Vabadussoja_Ajaloo_Komitee, lk 43
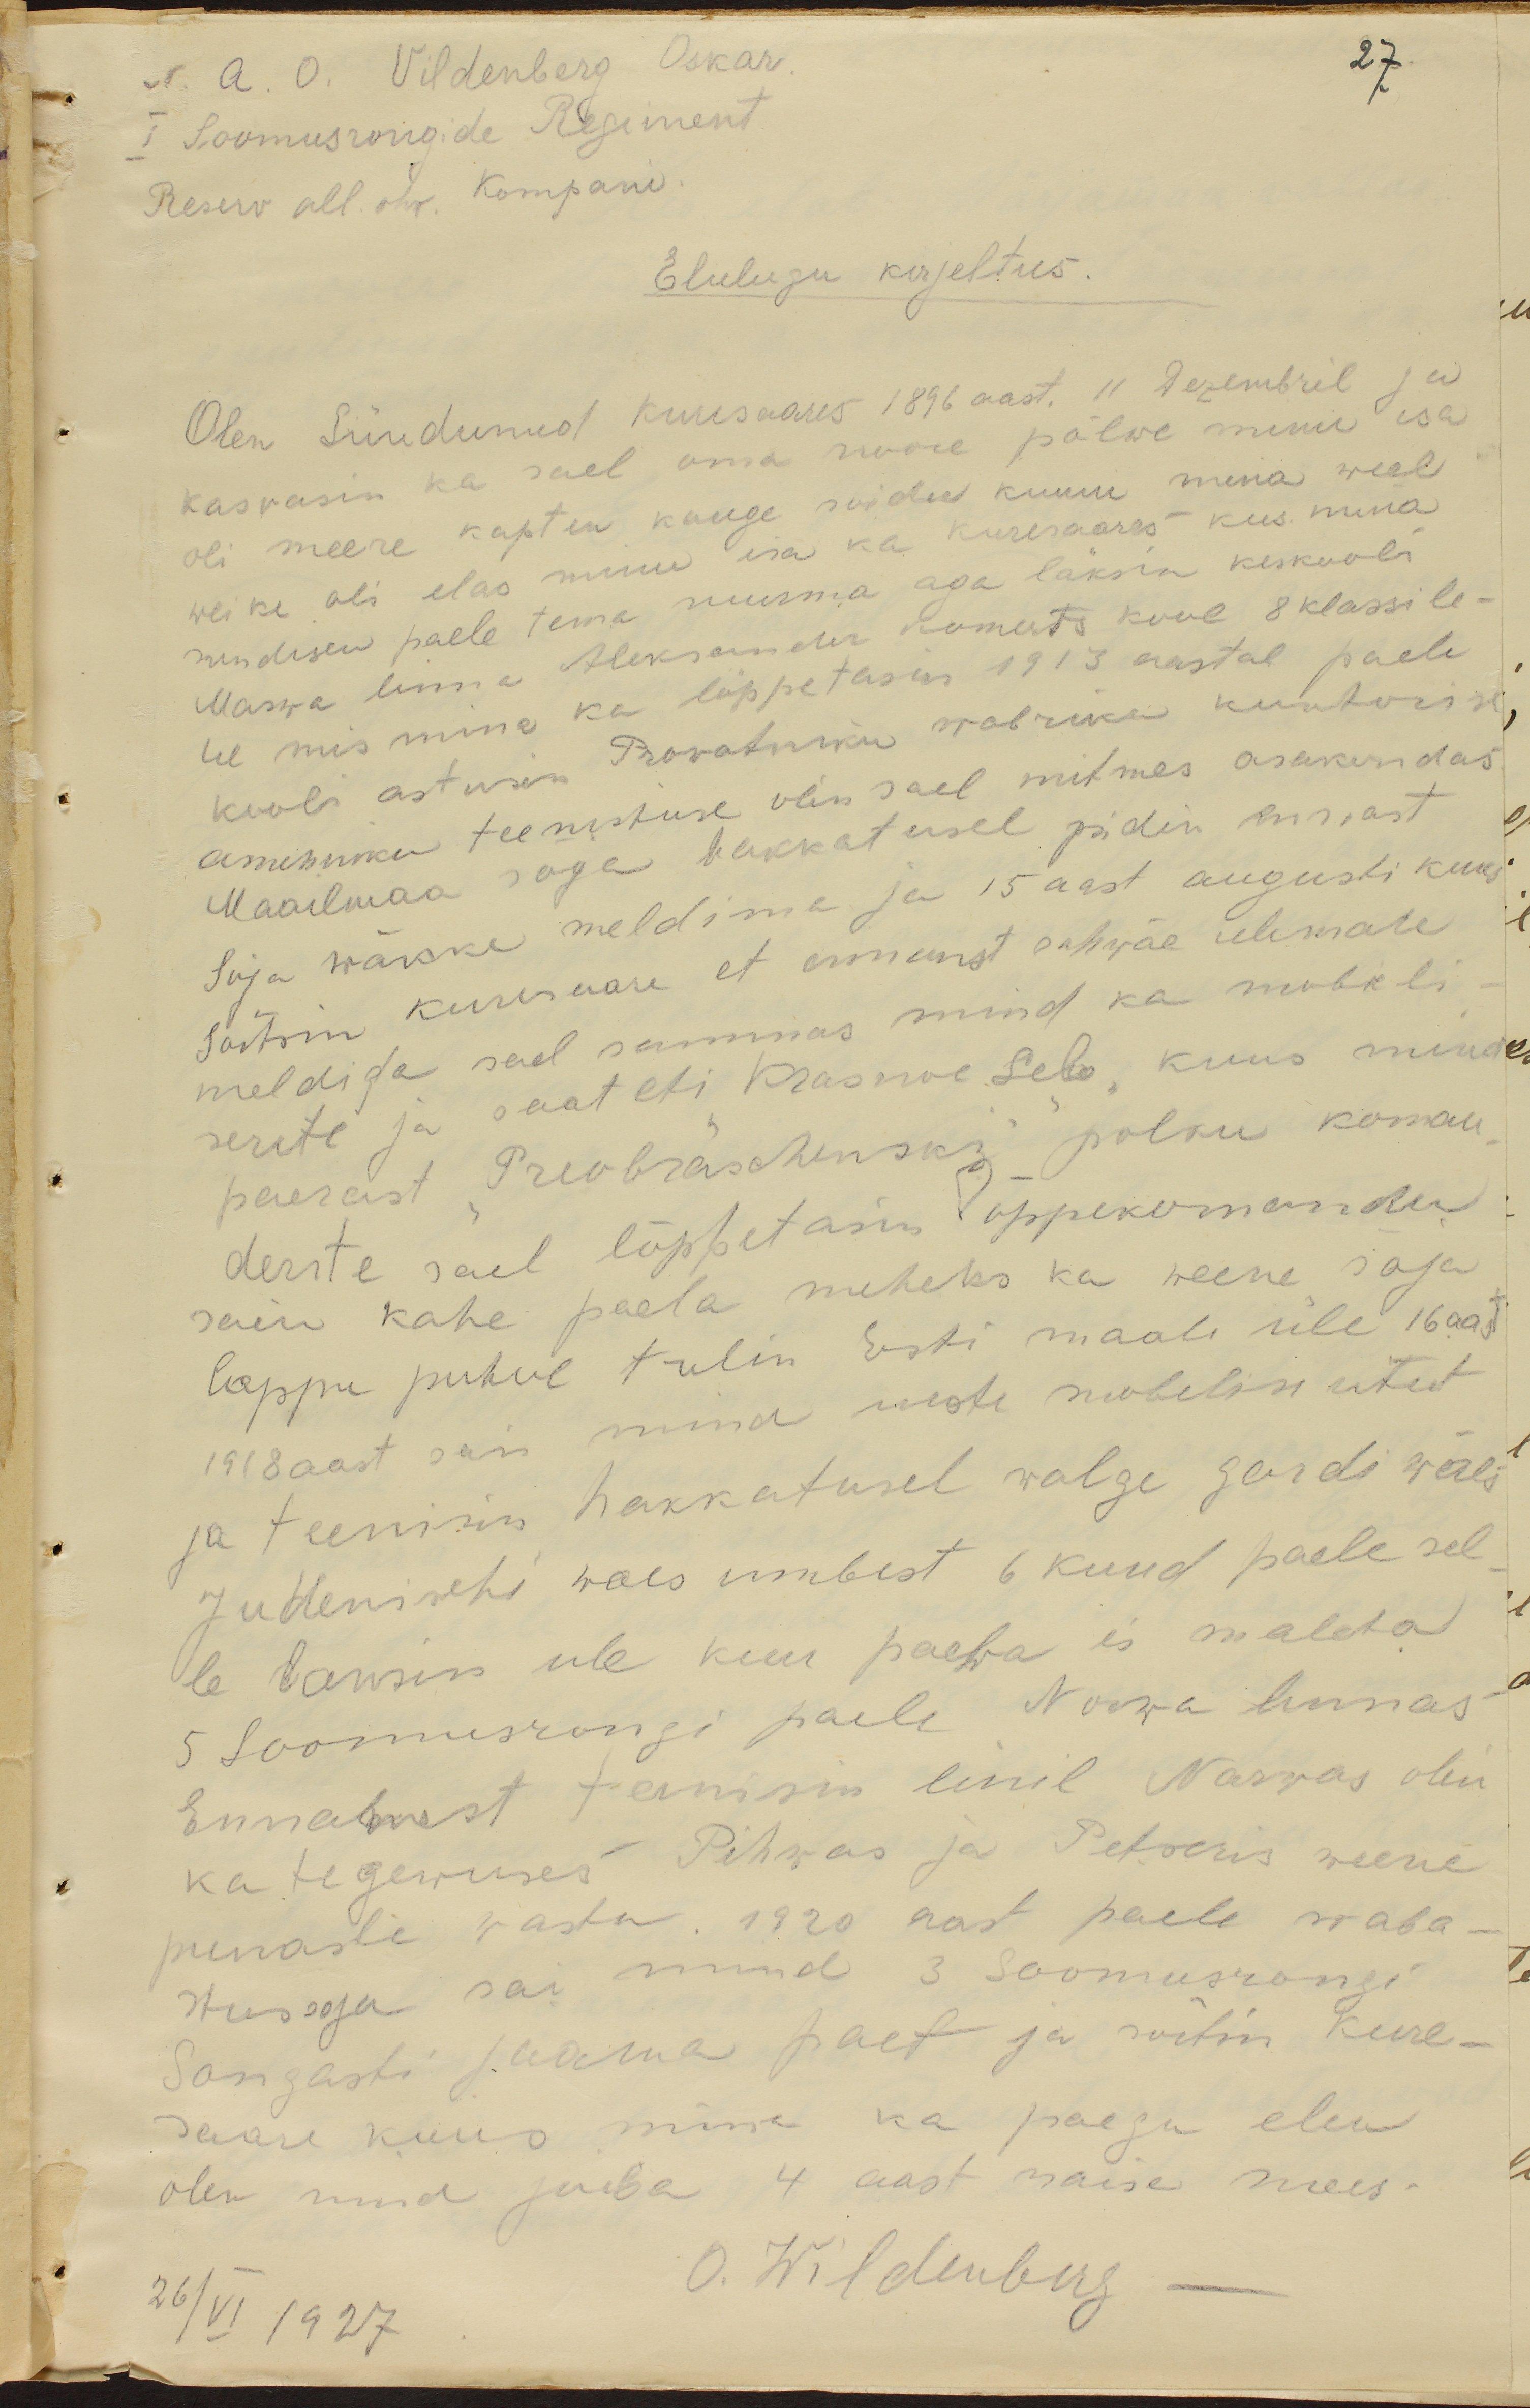
27
N. A. O. Vildenberg Oskar
I Soomusrongide Regiment
Reserv all ohv. Kompanii.
Elulugu kirjeltus.
Olen Sündunud Kuresaares 1896 aast. 11. Detsembril ja
kasvasin ka seal oma noore põlve minu isa
oli meere kapten kauge sõidus kuuni mina weel
weike oli elas minu isa ka Kuressaares kus mina
sundisin paela tema surma aga läksin keskooli
Narwa linna Alekander Komerts kool 8 klassile-
ne mis mina ka lõppetasin 1913 aastal paele
kooli astusin Prowatniku wabriku kuntorise
ameniku teenistuse olin sael mitmes osakondas
Maailmaa sõja hakkatusel pidin ennast
soja wäkke meldima ja 15 aast augusti kuus
sõitsin kuresaare et ennast oahwäe ülemale
meldida seal sammas mind ka mobili-
seriti ja saadeti Krasnoe Selo kuus mind
paerast Preobräschenski polku koman-
derite säel lõppetasin õppekomandas
sain kahe paela meheks ka wene sõja
loppu puhul tulin Eesti maale üle 16 aast
1918 aast sain mina uueste mobiliseritut
ja teenisin hakkatusel valge gardi wäes
Judenischi waes umbes 6 kuud paele sel
le laksin ule kuu paewa ei maleta
5 Soomusrongi paele Narwa linnas
Ennamest teenisin linil Narwas olin
ka tegevuses Pihwas ja Petseris wene
punaste wastu. 1920 aast paele waba-
stussoja sai mind 3 Soomusrongi
Sangasti jaama paet ja sõitsin Kure
saare kuus mina ka paegu elan
Olen mina juba 4 aast naise mees.
26/VI 1927
O. Wildenberg